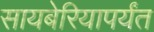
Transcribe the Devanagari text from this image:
सायबेरियापर्यंत